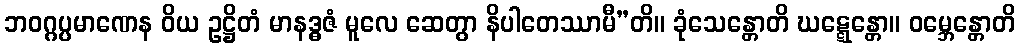
ဘဝဂ္ဂပ္ပမာဏေန ဝိယ ဥဋ္ဌိတံ မာနဒ္ဓဇံ မူလေ ဆေတွာ နိပါတေဿာမီ”တိ။ ခုံသေန္တောတိ ဃဋ္ဋေန္တော။ ဝမ္ဘေန္တောတိ